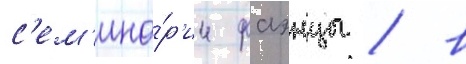
с'ем'ина́р'ии фаэнцы / в